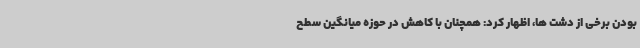
بودن برخی از دشت ها، اظهار کرد: همچنان با کاهش در حوزه میانگین سطح